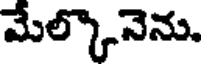
మేల్కొనెను.